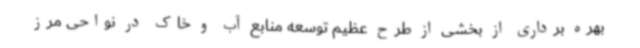
بهره برداری از بخشی از طرح عظیم توسعه منابع آب و خاک در نواحی مرز